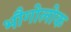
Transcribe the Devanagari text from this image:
भौगोलोक